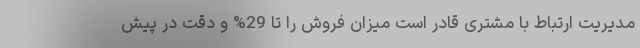
مدیریت ارتباط با مشتری قادر است میزان فروش را تا 29% و دقت در پیش